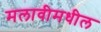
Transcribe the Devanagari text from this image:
मलावीमधील